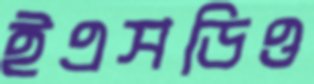
ইএসডিও